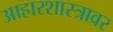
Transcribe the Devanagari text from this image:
आहारशास्त्रावर